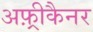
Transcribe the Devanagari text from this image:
अफ़्रीकैनर